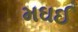
મઘઈ